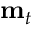
{ \mathbf { m } } _ { t }